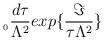
LaTeX: \begin{align*}_{_{0}}\frac{d\tau }{\Lambda ^{2}}exp\{\frac{\Im }{\tau \Lambda ^{2}}\}\end{align*}